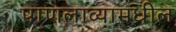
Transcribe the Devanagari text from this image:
पाणलाव्यामधील